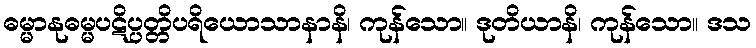
ဓမ္မာနုဓမ္မပဋိပ္ပတ္တိပရိယောသာနာနိ၊ ကုန်သော။ ဒုတိယာနိ၊ ကုန်သော။ ဒသ